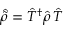
{ \hat { \tilde { \rho } } } = { \hat { T } } ^ { \dag } { \hat { \rho } } \, { \hat { T } }